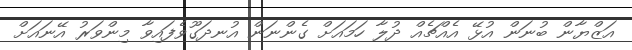
އަޒްޔާން ބުނަން އުޅޭ އެއްޗެއް ދުލާ ހަމައަށް ގެންނަން އުނދަގޫވެފައިވާ މިންވަރު އޭނައަށް